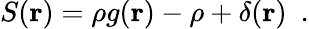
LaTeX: \begin{array}{r}{S({\mathbf r})=\rho g({\mathbf r})-\rho+\delta({\mathbf r})~~.}\end{array}